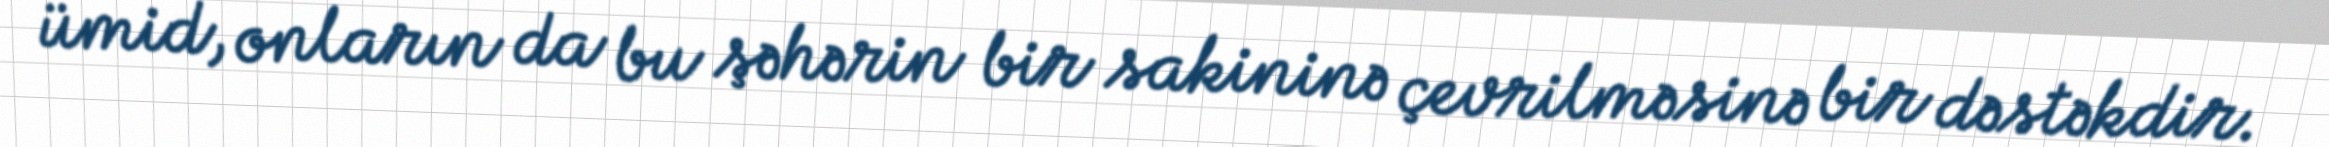
ümid, onların da bu şəhərin bir sakininə çevrilməsinə bir dəstəkdir.